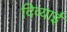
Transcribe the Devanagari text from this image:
दिव्याई